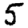
Digit: 5